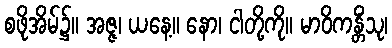
စဖိုအိမ်၌။ အဇ္ဇ၊ ယနေ့။ နော၊ ငါတို့ကို။ မာဝိကန္တိံသု၊